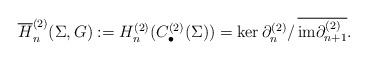
\begin{align*}\overline{H}_n^{(2)}(\Sigma, G) := H_n^{(2)}(C_\bullet^{(2)}(\Sigma)) = \ker\partial_n^{(2)}/\,\overline{\mathrm{im}\partial_{n + 1}^{(2)}}. \end{align*}